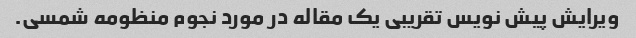
ویرایش پیش نویس تقریبی یک مقاله در مورد نجوم منظومه شمسی.